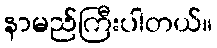
နာမည်ကြီးပါတယ်။